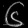
Digit: ၆